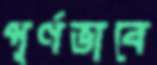
পূর্ণভাবে